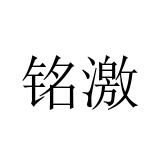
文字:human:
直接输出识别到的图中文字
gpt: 铭激